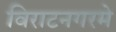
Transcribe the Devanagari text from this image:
विराटनगरमे